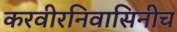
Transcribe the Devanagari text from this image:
करवीरनिवासिनीच